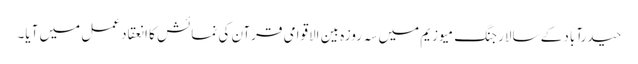
حیدرآباد کے سالارجنگ میوزیم میں سہ روزہ بین الاقوامی قرآن کی نمائش کا انعقاد عمل میں آیا۔